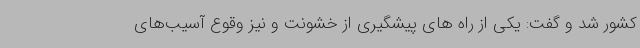
کشور شد و گفت: یکی از راه های پیشگیری از خشونت و نیز وقوع آسیب‌های